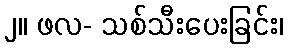
၂။ ဖလ- သစ်သီးပေးခြင်း၊